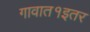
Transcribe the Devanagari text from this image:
गावात१इतर